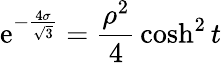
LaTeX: \mathrm{e}^{-{\frac{4\sigma}{\sqrt{3}}}}={\frac{\rho^{2}}{4}}\cosh^{2}t